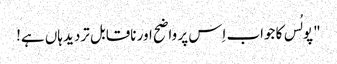
" پولُس کا جواب اِس پر واضح اور ناقابل تردید ہاں ہے!